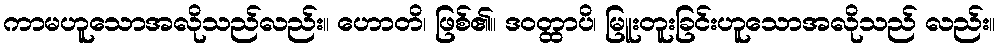
ကာမဟူသောအလိုသည်လည်း။ ဟောတိ၊ ဖြစ်၏။ ဒဝတ္ထာပိ၊ မြူးတူးခြင်းဟူသောအလိုသည် လည်း။